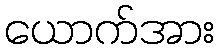
ယောက်အား